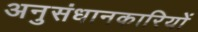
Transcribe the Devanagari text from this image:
अनुसंधानकारियों